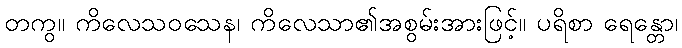
တကွ။ ကိလေသဝသေန၊ ကိလေသာ၏အစွမ်းအားဖြင့်။ ပရိစာ ရေန္တော၊